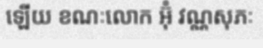
ឡើយ ខណៈលោក អ៊ុំ វណ្ណសុភៈ